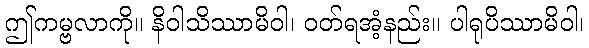
ဤကမ္ဗလာကို။ နိဝါသိဿာမိဝါ၊ ဝတ်ရအံ့နည်း။ ပါရုပိဿာမိဝါ၊